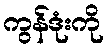
ကွန်ဒုံးကို